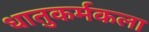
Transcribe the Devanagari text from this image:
धातुकर्मकला